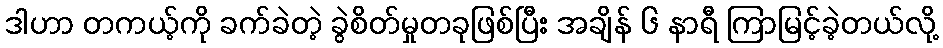
ဒါဟာ တကယ့်ကို ခက်ခဲတဲ့ ခွဲစိတ်မှုတခုဖြစ်ပြီး အချိန် ၆ နာရီ ကြာမြင့်ခဲ့တယ်လို့